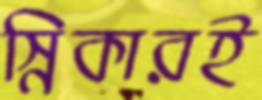
স্নিকারই